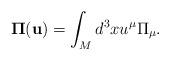
LaTeX: \begin{align*}{}{\bf \Pi} ({\bf u}) = \int_M d^3x u^\mu {\Pi}_\mu.\end{align*}